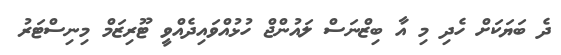
ދެ ބަޔަކަށް ހެދި މި އާ ބިޒްނަސް ލައުންޖް ހުޅުއްވައިދެއްވީ ޓޫރިޒަމް މިނިސްޓަރު